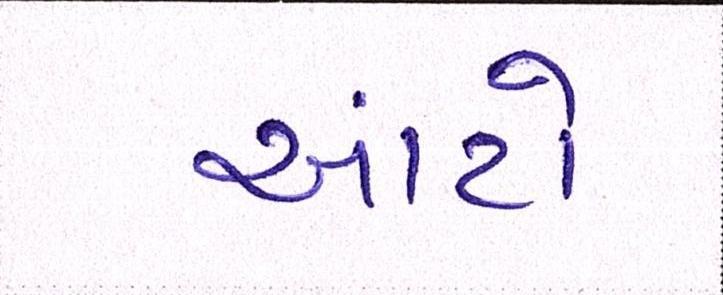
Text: આંટો